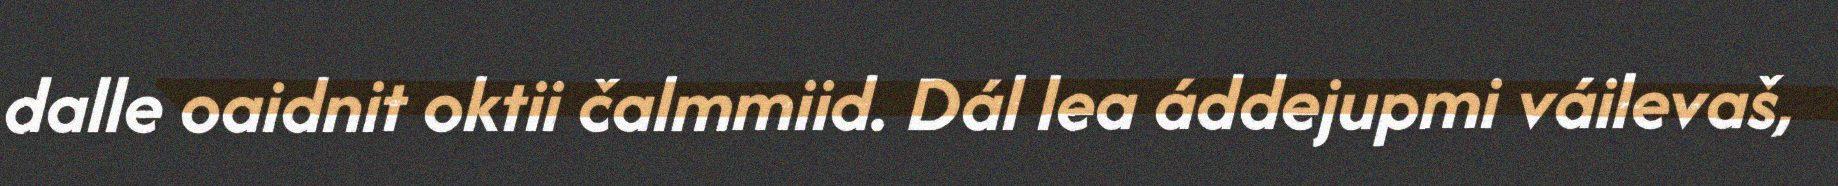
dalle oaidnit oktii čalmmiid. Dál lea áddejupmi váilevaš,